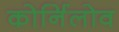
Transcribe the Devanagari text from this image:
कोर्निलोव